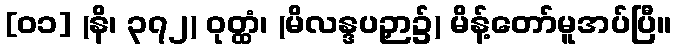
[၀၁] (နိ၊ ၃၇၂) ဝုတ္ထံ၊ (မိလန္ဒပဉှာ၌) မိန့်တော်မူအပ်ပြီ။